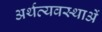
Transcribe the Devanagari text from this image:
अर्थव्यवस्थाअें